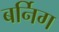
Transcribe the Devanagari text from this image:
बर्निग